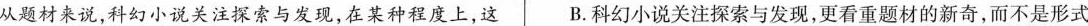
从题材来说，科幻小说关注探索与发现，在某种程度上，这 B. 科幻小说关注探索与发现,更看重题材的新奇，而不是形式